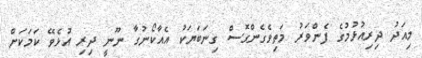
މިއަދު ދިރިއުޅުމުގެ ފެންވަރު މަތިވެގެންގޮސް ގިނަބަޔަކު އެއާކޯނުގާ ނޫނީ ދިރި އުޅެވޭ ކަމަކަށް